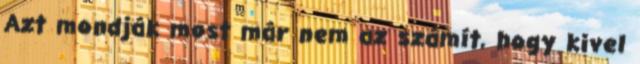
Azt mondják most már nem az számít, hogy kivel